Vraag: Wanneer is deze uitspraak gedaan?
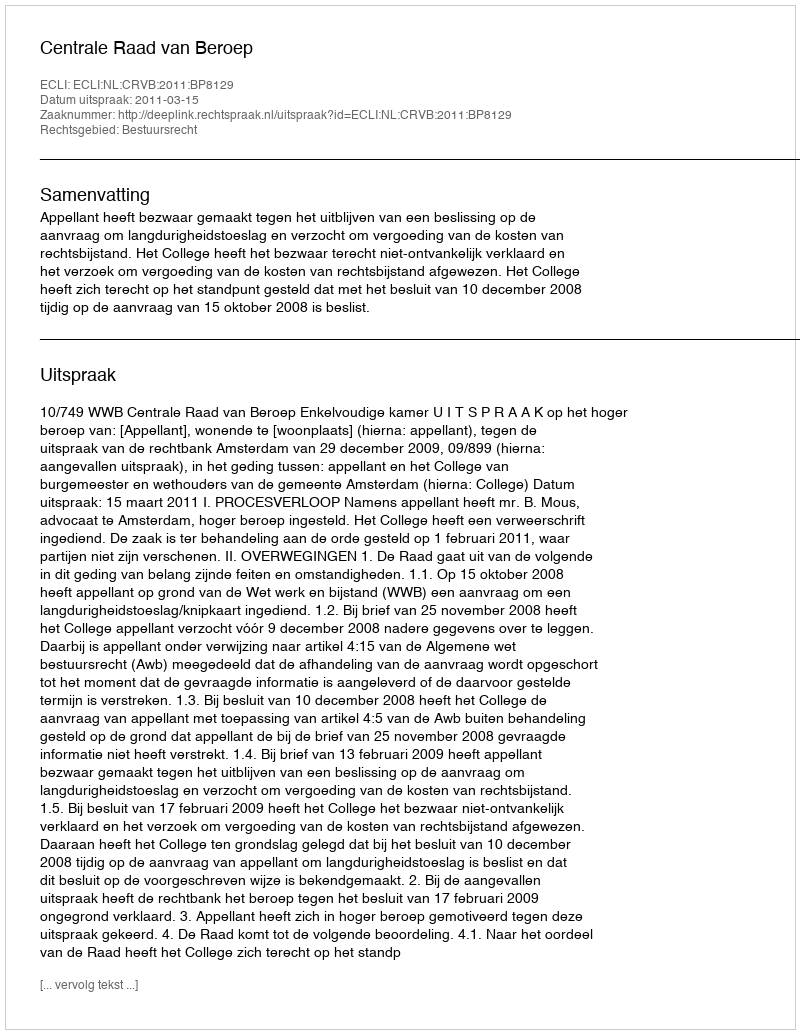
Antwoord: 2011-03-15